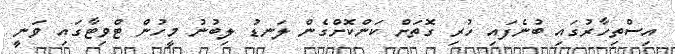
އިސްތިހާރުގައި ބުނެފައި ހުރި ގޮތަށް ކަންކޮށްގެން ލަނޑު ލިބުނު މީހުން ޓްވިޓާގައި ވަނީ